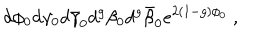
LaTeX: d \phi _ { 0 } d \gamma _ { 0 } d \bar { \gamma } _ { 0 } d ^ { g } \beta _ { 0 } d ^ { g } \bar { \beta } _ { 0 } e ^ { 2 ( 1 - g ) \phi _ { 0 } } ~ ,